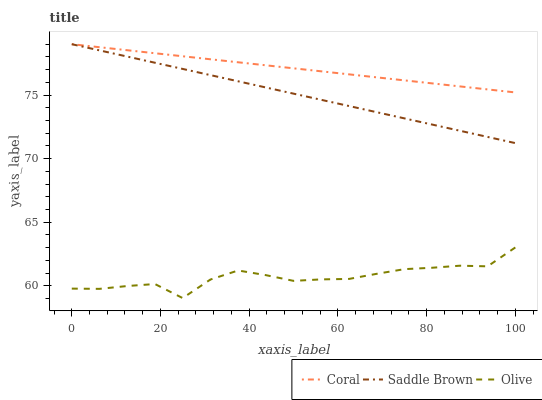
| xaxis_label | Coral | Saddle Brown | Olive |
 | --- | --- | --- | --- |
 | 0 | 79 | 79 | 59.8 |
 | 6.25 | 78.8 | 78.5 | 59.8 |
 | 12.5 | 78.5 | 78 | 60 |
 | 18.8 | 78.3 | 77.5 | 60.1 |
 | 25 | 78.1 | 77.1 | 59 |
 | 31.2 | 77.8 | 76.6 | 60.5 |
 | 37.5 | 77.6 | 76.1 | 61.2 |
 | 43.8 | 77.3 | 75.6 | 60.8 |
 | 50 | 77.1 | 75.1 | 60.4 |
 | 56.2 | 76.9 | 74.6 | 60.5 |
 | 62.5 | 76.6 | 74.1 | 60.5 |
 | 68.8 | 76.4 | 73.7 | 60.9 |
 | 75 | 76.2 | 73.2 | 61.3 |
 | 81.2 | 75.9 | 72.7 | 61.4 |
 | 87.5 | 75.7 | 72.2 | 61.6 |
 | 93.8 | 75.4 | 71.7 | 61.5 |
 | 100 | 75.2 | 71.2 | 63 |